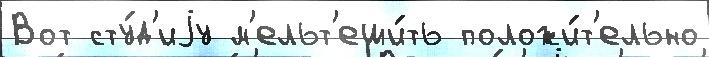
Вот сту́д'иjу м'ельт'еши́ть положи́т'ельно